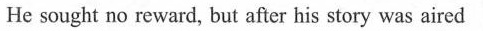
He sought no reward, but after his story was aired